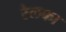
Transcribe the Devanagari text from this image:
रेलका